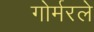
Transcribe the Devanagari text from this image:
गोर्मरले